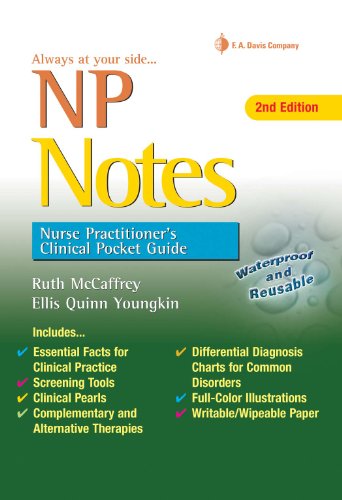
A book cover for NP Notes: Nurse Practitioner's Clinical Pocket Guide; Ruth McCaffrey DNP  ARNP  FNP-BC  GNP-BC; Medical Books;